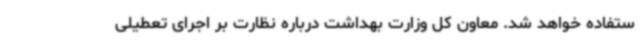
ستفاده خواهد شد. معاون کل وزارت بهداشت درباره نظارت بر اجرای تعطیلی